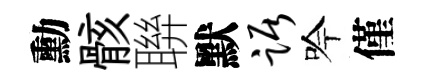
勳骸聨默踞吟僅